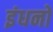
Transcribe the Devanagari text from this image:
इंधनो